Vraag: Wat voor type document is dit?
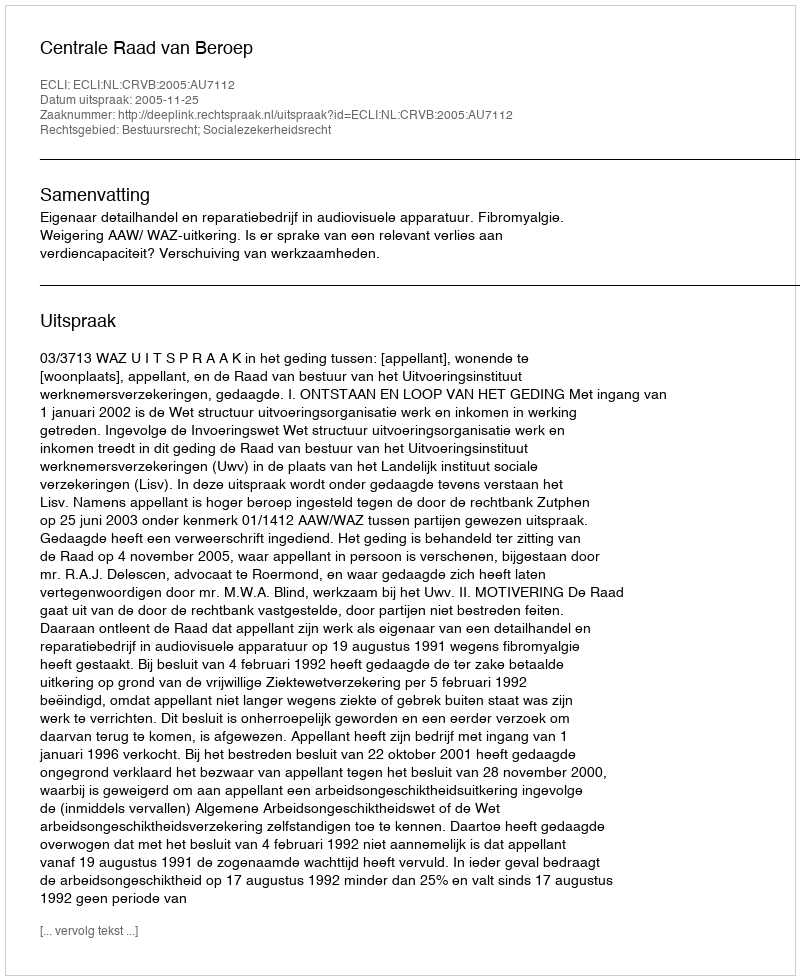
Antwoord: Uitspraak